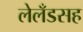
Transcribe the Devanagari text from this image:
लेलँडसह